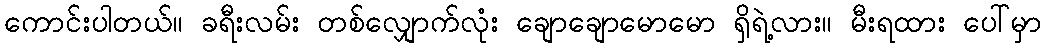
ကောင်းပါတယ်။ ခရီးလမ်း တစ်လျှောက်လုံး ချောချောမောမော ရှိရဲ့လား။ မီးရထား ပေါ်မှာ